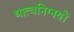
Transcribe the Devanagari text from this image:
धात्वनिग्नयों